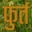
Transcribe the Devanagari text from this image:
फुर्त